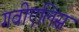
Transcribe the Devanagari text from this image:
गवीएलिस